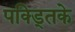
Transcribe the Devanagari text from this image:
पक्ड्तिके